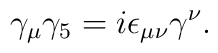
\gamma_\mu\gamma_5=i\epsilon_{\mu\nu}\gamma^\nu.